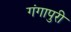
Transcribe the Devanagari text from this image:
गंगापुरी